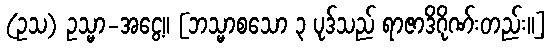
(ဥသ) ဥသ္မာ-အငွေ့။ [ဘသ္မာစသော ၃ ပုဒ်သည် ရာဇာဒိဂိုဏ်းတည်း။]